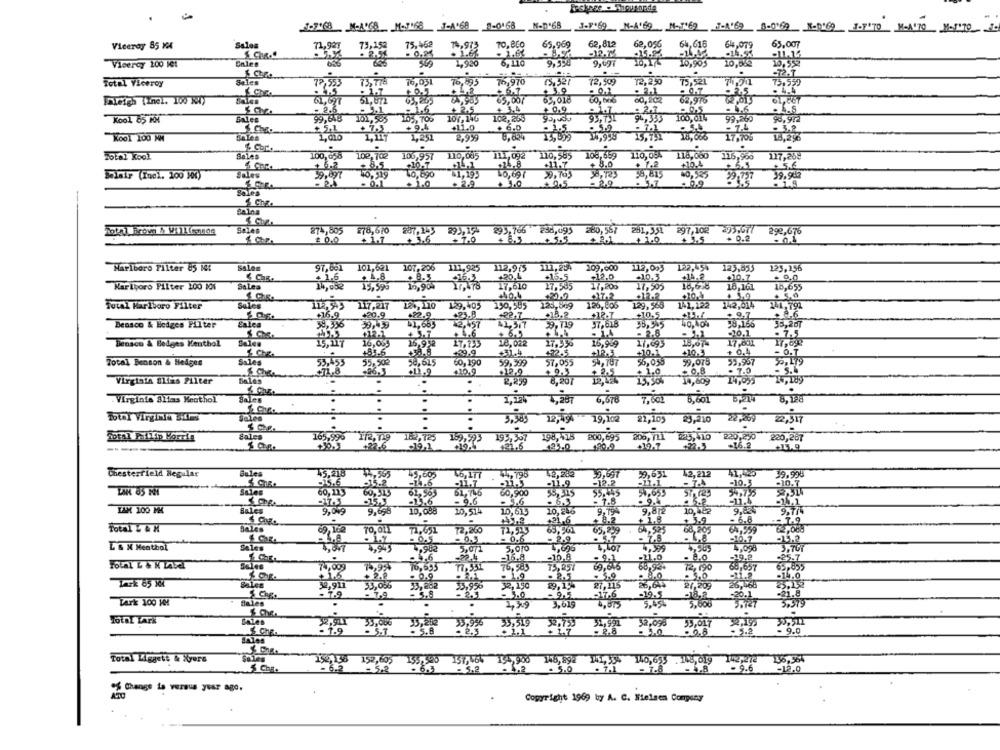
8 MM-758, J-A'68 8-0168 M-D'68 J.F169 M-A'69 M-169 7-A169 8-0169 N-D169 3.FITO MeAUTO M-STO -
Viceroy 85 XX
Salas
71,927
73,152
75,462
70,800
65,969
62,812
62,056
64,616
548,079
63,007
74,913
-12.72
-15.9%
10,995
10,552
Viceroy 100 1et
Sales
626
6, 110
9,99%
9,001
10,582
% Chpa ...
Seles
73,778
76,031
76.895
76,970
15,921
72,509
12,250
75,521
Total Viceroy
72,533
. 2.1
65,018
60,202
62,976
Balas
61,697
51,672
69.00/
-2.3
,1
+ 3,5
+0,9
. 2.7
- 4.6
Kool 65 KM
Sales
39,640
101,585
103, 705
107,140
102,253
94,333
99,260
90.912
+ 5.1
+ 7.
+ 9.4
+11.0
- 1,5
. 59
. 5.5
- 7.4
- 3.2
Kool 100 MM
1,06
1,251
2,9%
176705
16,256
& Core
.
Total Kool
Sales
100,058
102,702
106,957
110,005
111,092
110,585
106,659
110,05
118,000
116,960
117,259
+10.7
+11.7
+ 8.0
+5,6
=0,697
59.705
=0,525
Belair (Inel. 100 10)
Sales
40,690
41,195
39,797
39.942
- 0.1
. 2.9
1.0
+0,5
. 09
Bales
S Chz.
Calna
Soles
274,805 278,610 207,243 293,19 293,766 2889 280,367 281,35% 297,102 275,07/
280, 587
292,676
£ 0.0
+1.7 +3.6 +70
+8.3
5.5
+ 3.5
+ 0.2
Marlboro Filter 85 NA
Sales
97,661 101,621
107,206 111,925
112,975
111,254
109,000
112,093
122,454 123,835
125,156
5 ChR.
+ 1,6
+ 8.3
+16.3
+12,0
+10.3
-14,2
+10.7
. 0,0
SaLea
14,00€
15,59%
15,90
17,610
27.595
17,205
17,505
16,678
18,161
10,655
Marlboro Filter 100 101
+32.2
Total Marlboro Filter
Sales
112,543 117,217
124,110
129,405
150,585
123,869
126,806
129,568
141,122
1442,014
141,792
+16.9
+20.9
+22.9
+23,8
+12.7
+10.5
+ 9.7
. 8,6
Calea
39,336
$1.665
37,618
40,404
55,207
Beasco & Hedges Filter
12,457
41,377
9,119
+ 6.5
. 1.4
-20.1
. 7.5
Densco & Belges Kenthol
16,055
25,952
18,022
17,55%
15,959
17.493
17,001
17,09
& Chg.
+39,9
422.5
30.1
+ 0.4
- O.T
55, 50€
56,615
56,055
59,075
55,957
Total Benson & Hedges
53,453
60,190
59.999
57,055
$71.8
-96,3
.12.9
+ 3.5
. 7.0
- 5.4
.
R,R59
8,201
14,609
24,189
Virginia alias Menthol
Bales
1,287
7,601
5,601
5,214
8,128
Total Virginia sites
Sales
...
.
.....
.....
3,345
12,494 19,102
21,105
23,210
22,409
22,317
Sales
165,995
12. 19
162, 725 189,993
193,367
198,418 200,695 206, 11 25,410 220,290 220,267
-----
+22.6
-19.1
123.0 190.0
-16.2
Bmles
45,218
45,605
12,26
42,212
41,420
39.998
Chesterfield Regular
-15.6
46,177 44,798
39,631
-10.5
-15.2
60, 113
60,515
62,565
62,746
60,900
$5.445
54,75
-17.3
-15.3
-13.6
- 5,6
7.8
: 9.6
-3.2
-11.4
LAX 100 MK
Bales
9,049
9,696
10,613
10,462
Bales
69, 169
70,011
65,239
. 64,525
38,205
64.939
62,008
& CoR.
- 0.6
L & M Menthol
SAles
5,908
5.010
1,098
.
-, 6
3.072
-11.0
- 8,0
-29.8
13.8
- 0.1
74,009
15,93
76,695
76,500
69,646
68,924
12, 190
68,657
65,655
3,0
Tark 85 Xl
27.209
30,911
- 5.8
35,90
S Ches
37.6
tArk 100 MM
Bales
.
3.019
3,45
5.600
TOTAL LACK
32,19.
30,50
3,000
33,996 33,519
32,991
. R.8
32,098
33,017
- 5.2
dales
Total Kiggett & Xyers
152,138 152,605
157,464 194,900 148,292 141,35 140,693 148,019 142,212 136,564
- 6.2
155,596
- 9.6
- 5.2
- 5.2
,2 - 5.0
- 7-8
- 4.8
-12,0
0% Change ta versus year ago.
Copyright 1969 by A. C. Nielsen Company